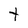
Character: y